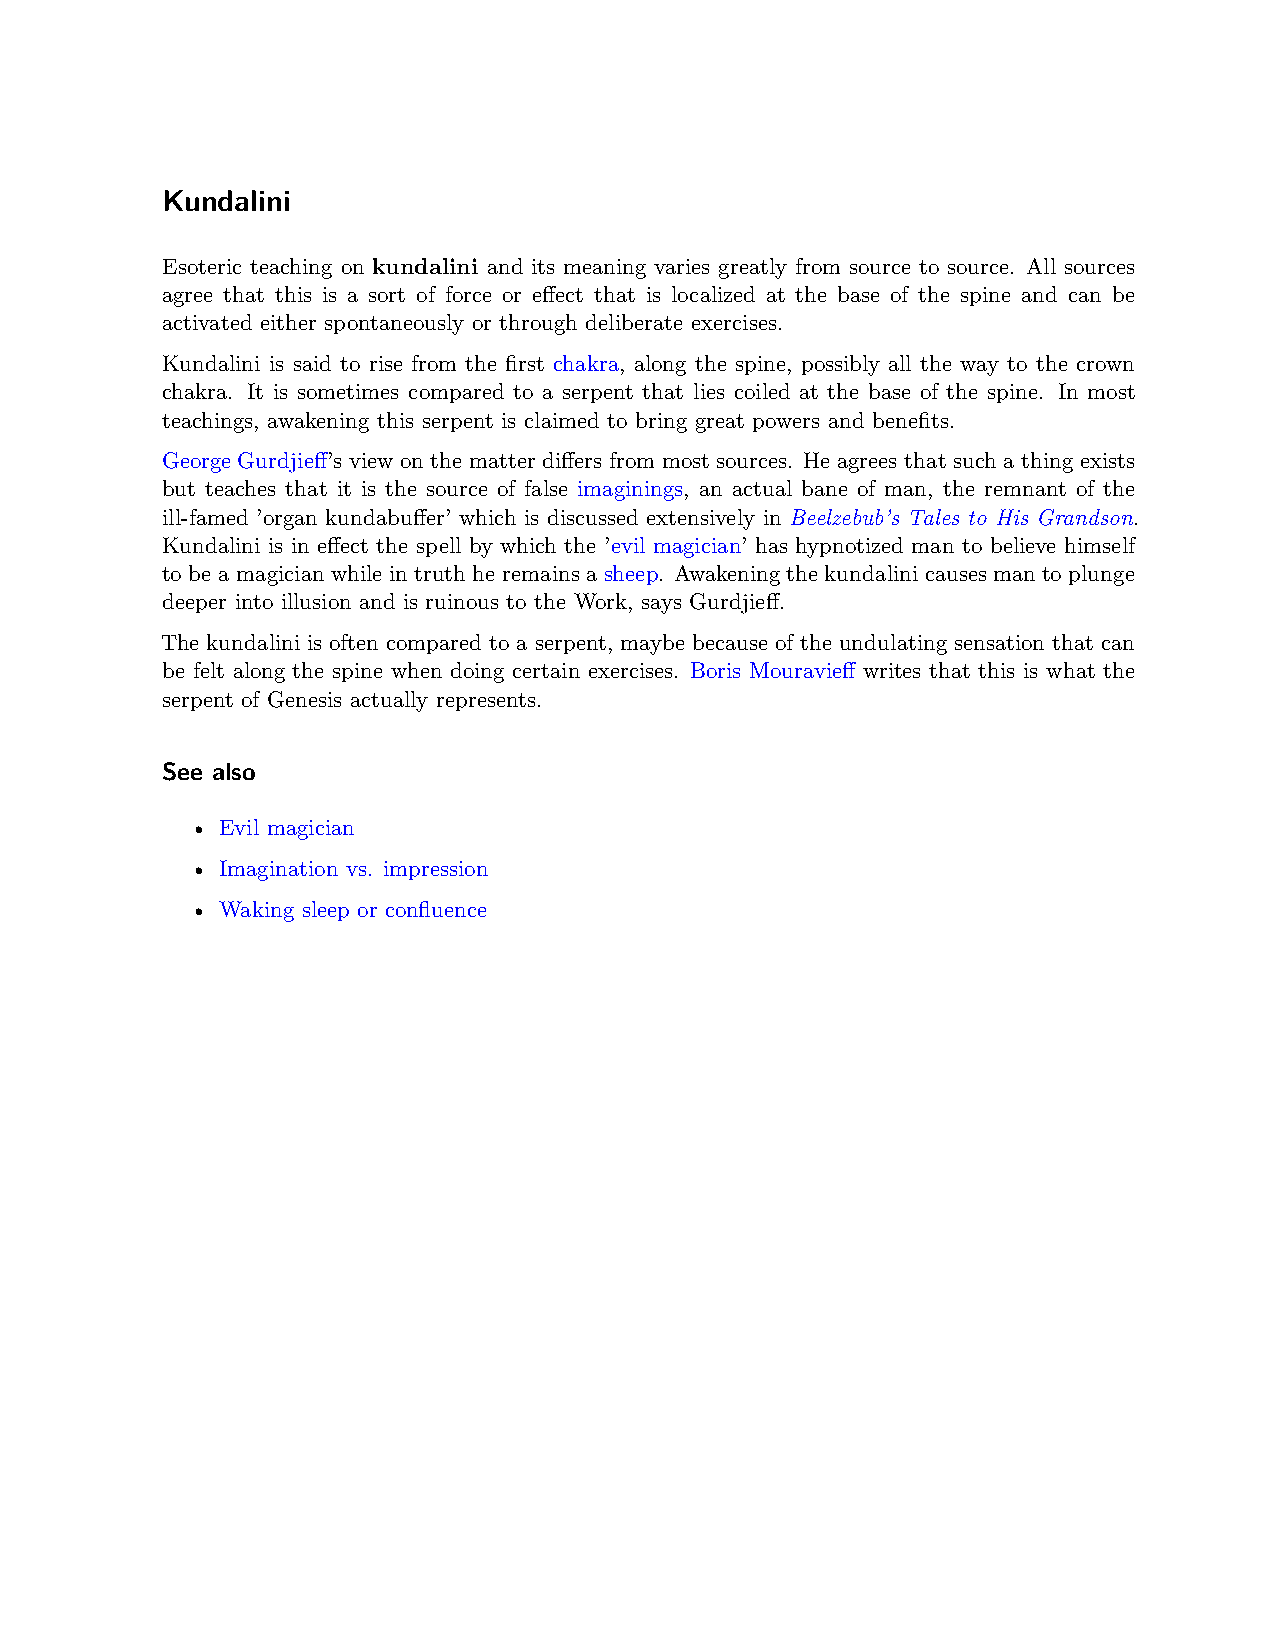
Kundalini
 Esoteric teaching on kundalini and its meaning varies greatly from source to source. All sources
 agree that this is a sort of force or effect that is localized at the base of the spine and can be
 activated either spontaneously or through deliberate exercises.
 Kundalini is said to rise from the first chakra, along the spine, possibly all the way to the crown
 chakra. It is sometimes compared to a serpent that lies coiled at the base of the spine. In most
 teachings, awakening this serpent is claimed to bring great powers and benefits.
 George Gurdjieff’s view on the matter differs from most sources. He agrees that such a thing exists
 but teaches that it is the source of false imaginings, an actual bane of man, the remnant of the
 ill-famed ’organ kundabuffer’ which is discussed extensively in Beelzebub’s Tales to His Grandson.
 Kundalini is in effect the spell by which the ’evil magician’ has hypnotized man to believe himself
 to be a magician while in truth he remains a sheep. Awakening the kundalini causes man to plunge
 deeper into illusion and is ruinous to the Work, says Gurdjieff.
 The kundalini is often compared to a serpent, maybe because of the undulating sensation that can
 be felt along the spine when doing certain exercises. Boris Mouravieff writes that this is what the
 serpent of Genesis actually represents.
 See also
 • Evil magician
 • Imagination vs. impression
 • Waking sleep or confluence